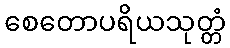
စေတောပရိယသုတ္တံ